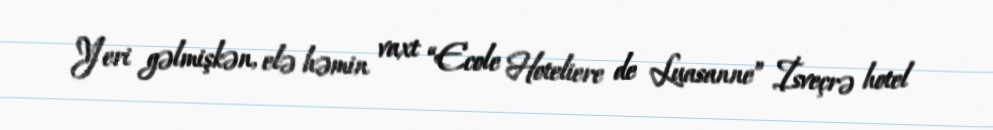
Yeri gəlmişkən, elə həmin vaxt “Ecole Hoteliere de Luasanne” İsveçrə hotel